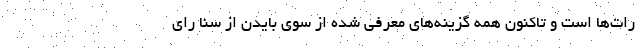
رات‌ها است و تاکنون همه گزینه‌های معرفی شده از سوی بایدن از سنا رای